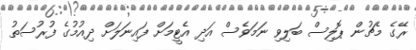
ރޭގެ މެޗުން ޕޮލިސް ބަލިވި ނަމަވެސް އަދި އެޓީމަށް ފައިނަލަށް ދިއުމުގެ ފުރުސަތު